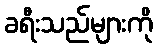
ခရီးသည်များကို